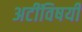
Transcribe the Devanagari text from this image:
अटींविषयी